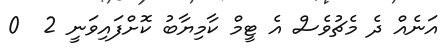
އަނެއް ދެ މެޗުވެސް އެ ޓީމް ކާމިޔާބު ކޮށްފައިވަނީ 2  0